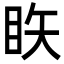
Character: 䀢